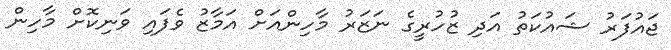
ޖައުފަރު ޝައުކަތު އަދި ޒުހުރީގެ ނަޒަރު މާހިންއަށް އަމާޒު ވެފައި ވަނިކޮށް މާހިން